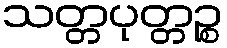
သတ္တပုတ္တဉ္စ